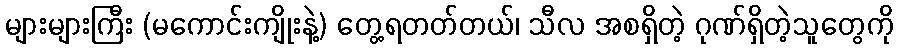
များများကြီး (မကောင်းကျိုးနဲ့) တွေ့ရတတ်တယ်၊ သီလ အစရှိတဲ့ ဂုဏ်ရှိတဲ့သူတွေကို